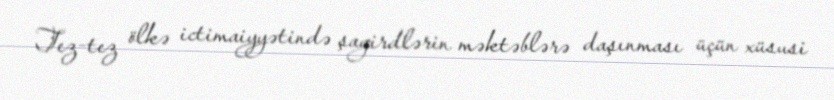
Tez-tez ölkə ictimaiyyətində şagirdlərin məktəblərə daşınması üçün xüsusi